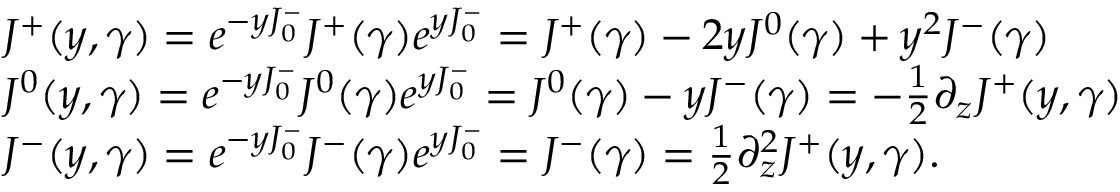
\begin{array} { l c r } { { J ^ { + } ( y , \gamma ) = e ^ { - y J _ { 0 } ^ { - } } J ^ { + } ( \gamma ) e ^ { y J _ { 0 } ^ { - } } = J ^ { + } ( \gamma ) - 2 y J ^ { 0 } ( \gamma ) + y ^ { 2 } J ^ { - } ( \gamma ) } } \\ { { J ^ { 0 } ( y , \gamma ) = e ^ { - y J _ { 0 } ^ { - } } J ^ { 0 } ( \gamma ) e ^ { y J _ { 0 } ^ { - } } = J ^ { 0 } ( \gamma ) - y J ^ { - } ( \gamma ) = { - { \frac { 1 } { 2 } } } { \partial _ { z } } J ^ { + } ( y , \gamma ) } } \\ { { J ^ { - } ( y , \gamma ) = e ^ { - y J _ { 0 } ^ { - } } J ^ { - } ( \gamma ) e ^ { y J _ { 0 } ^ { - } } = J ^ { - } ( \gamma ) = { \frac { 1 } { 2 } } { { \partial } _ { z } ^ { 2 } } J ^ { + } ( y , \gamma ) . } } \end{array}